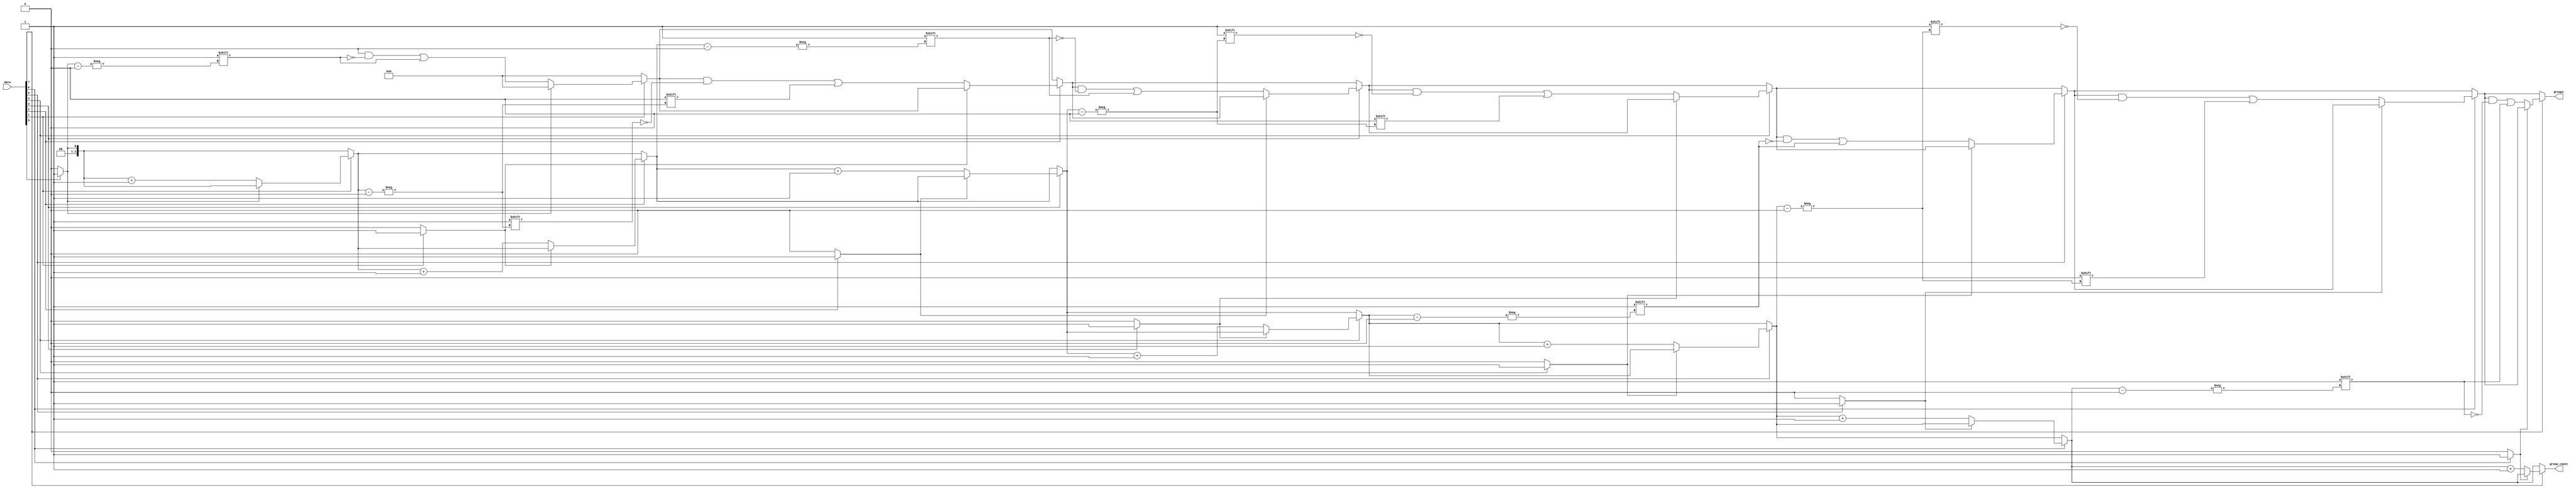
module group_ones #(parameter N = 8, M = 8) (
    input  [N-1:0] data,
    output reg [M-1:0] groups,
    output reg [$clog2(M)-1:0] group_count
);

    integer i;
    reg in_group;

    always @(*) begin
        // Initialize outputs
        groups = 0;
        group_count = 0;
        in_group = 0;

        // Scan through the input data
        for (i = 0; i < N; i = i + 1) begin
            if (data[i] == 1'b1) begin
                // Check if we are starting a new group
                if (!in_group) begin
                    // Mark the start of a new group
                    groups[group_count] = i; // Store the index of the group
                    group_count = group_count + 1; // Increment group count
                    in_group = 1; // We are now in a group
                end
            end else begin
                // If we encounter a '0', we are no longer in a group
                in_group = 0;
            end
        end
    end

endmodule